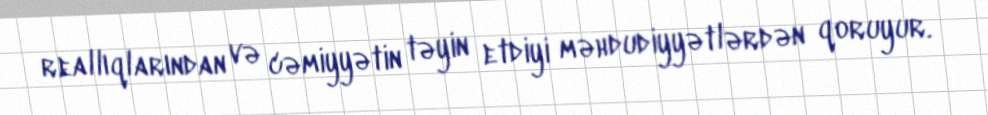
reallıqlarından və cəmiyyətin təyin etdiyi məhdudiyyətlərdən qoruyur.